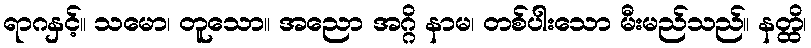
ရာဂနှင့်။ သမော၊ တူသော။ အညော အဂ္ဂိ နာမ၊ တစ်ပါးသော မီးမည်သည်။ နတ္ထိ၊